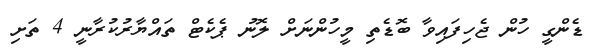
ޑެންގީ ހުން ޖެހިފައިވާ ބޮޑެތި މީހުންނަށް ލޮނު ޕެކެޓް ތައްޔާރުކުރާނީ 4 ތަށި